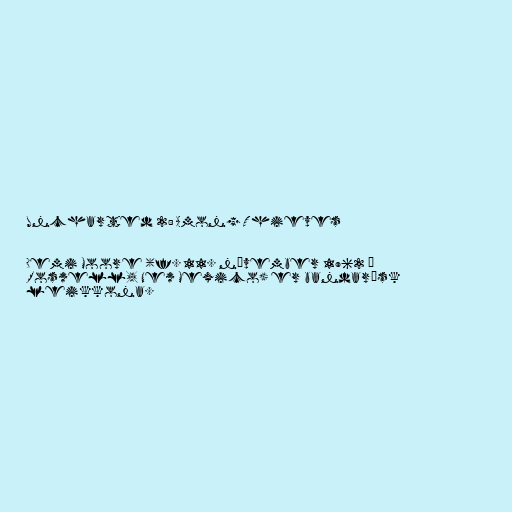
Uncharted 2: Among Thieves

Demi Moore (f. 11. nóvember 1962 í
Roswell, New Mexico) er bandarísk
leikkona.